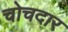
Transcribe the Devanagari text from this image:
चोचदार